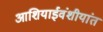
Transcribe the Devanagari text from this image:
आशियाईवंशीयांत